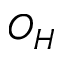
O _ { H }